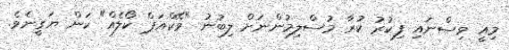
މިއީ ވިސްނައި ފިކުރު ކުރާ މުސްލިމުންނަށް ލިބުނު "ވޭކްއަޕް ކޯލެއް" ކަން ޔަގީނެވެ.